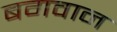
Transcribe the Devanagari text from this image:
बगवान